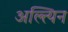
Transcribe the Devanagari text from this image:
अल्त्यिन